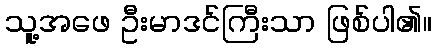
သူ့အဖေ ဦးမာဒင်ကြီးသာ ဖြစ်ပါ၏။